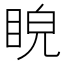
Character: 𥆒